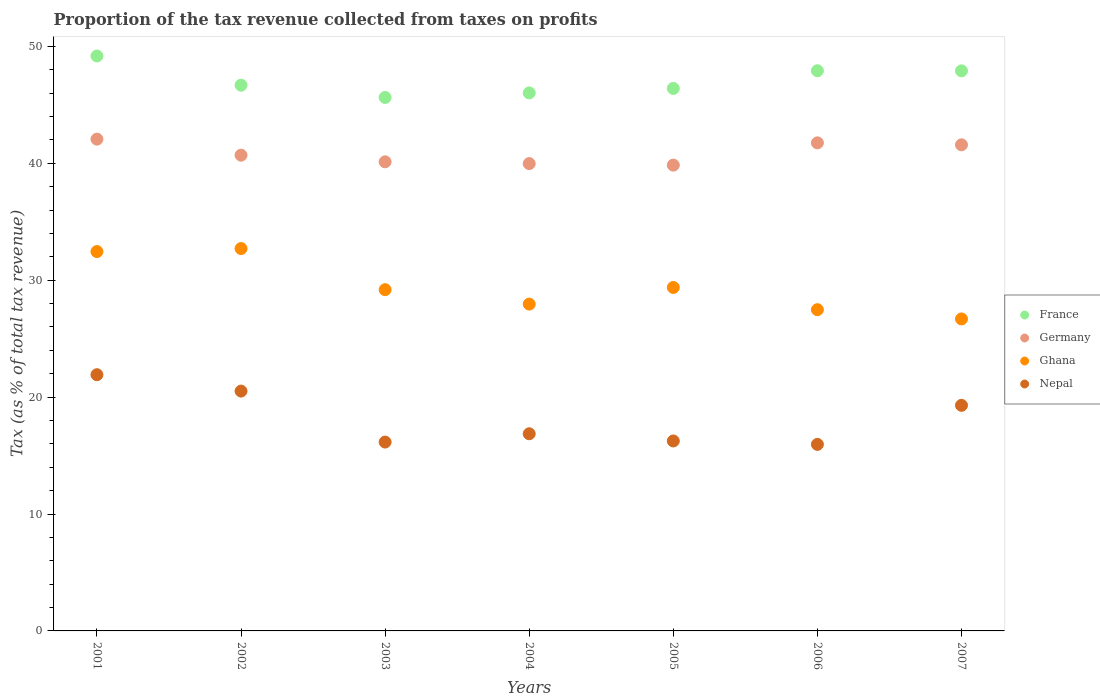
| Years | France | Germany | Ghana | Nepal |
 | --- | --- | --- | --- | --- |
 | 2001 | 49.2 | 42.1 | 32.4 | 21.9 |
 | 2002 | 46.7 | 40.7 | 32.7 | 20.5 |
 | 2003 | 45.6 | 40.1 | 29.2 | 16.2 |
 | 2004 | 46 | 40 | 28 | 16.9 |
 | 2005 | 46.4 | 39.8 | 29.4 | 16.2 |
 | 2006 | 47.9 | 41.7 | 27.5 | 16 |
 | 2007 | 47.9 | 41.6 | 26.7 | 19.3 |